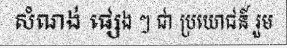
សំណង់ ផ្សេង ៗ ជា ប្រយោជន៍ រួម